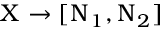
\Chi \to [ \Nu _ { 1 } , \Nu _ { 2 } ]